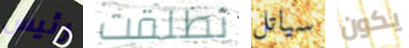
رئيس تطلقت سياتل يكون